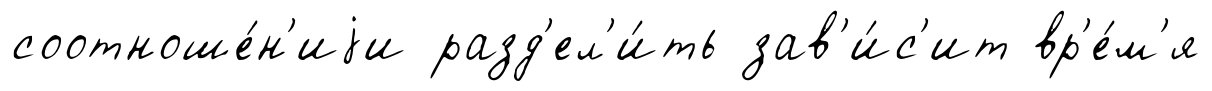
соотноше́н'иjи разд'ел'и́ть зав'и́с'ит вр'е́м'я